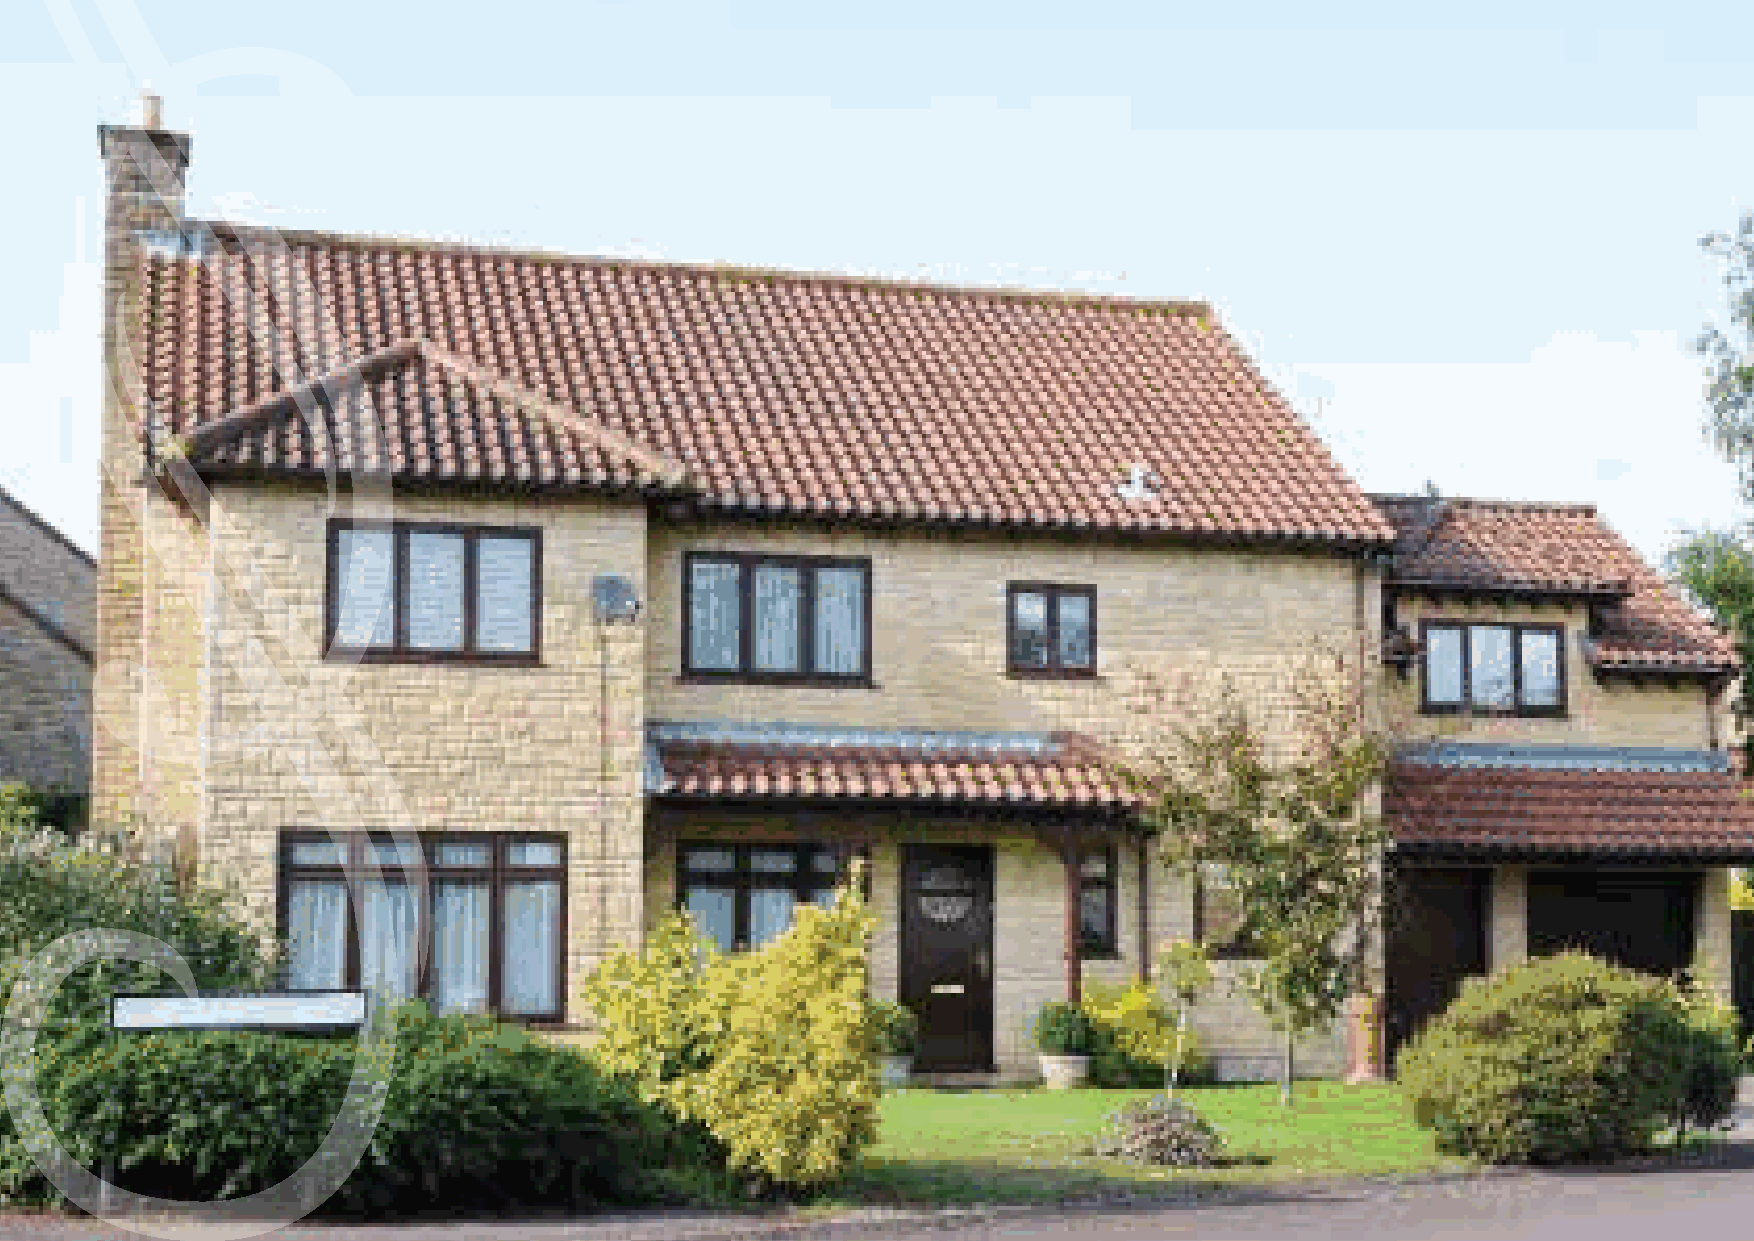
c     l    a     rEn             cE